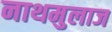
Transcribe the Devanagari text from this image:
नाथमुलाज